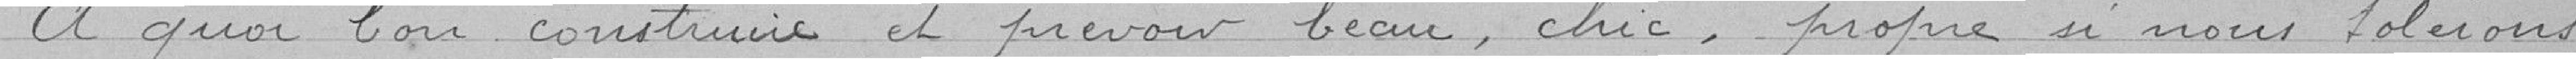
A quoi bon construire et prévoir beau, chic, propre si nous tolérons